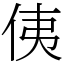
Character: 侇